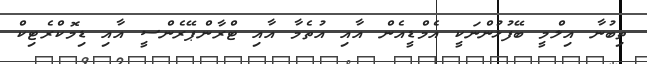
ތިބުނާ އިލްމީ ބޭފުޅުންނަކީ އެމްޑީއެން އާއި އުތެމާ އާއި ޓްރާންޕޭރެންސީ އާއި ޑިމޮކްރެޓިކް